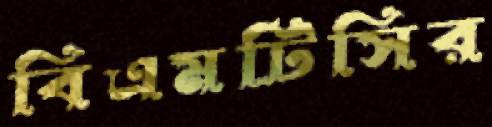
বিএমটিসির